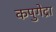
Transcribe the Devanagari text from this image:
कपुगेद्रा